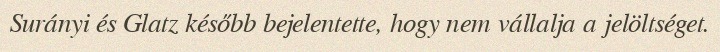
Surányi és Glatz később bejelentette, hogy nem vállalja a jelöltséget.